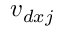
v _ { d x j }